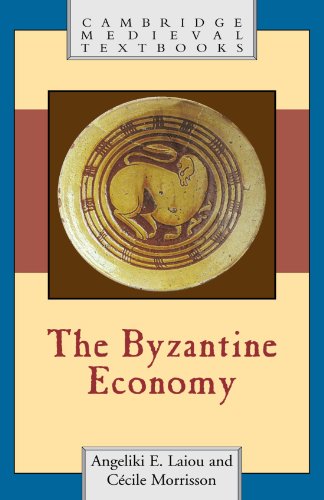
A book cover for The Byzantine Economy (Cambridge Medieval Textbooks); Angeliki E. Laiou; History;